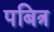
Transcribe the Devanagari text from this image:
पबित्र